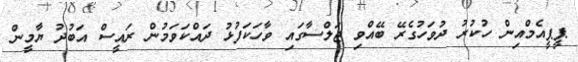
ޕީޕީއެމްއިން ހުކުރު ދުވަހުގެރޭ ބޭއްވި ޖަލްސާގައި ވާހަކަފުޅު ދައްކަވަމުން ރައީސް އަބުދު ޔާމީން